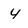
Character: 4